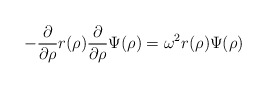
\begin{align*}-\frac{\partial}{\partial \rho}r(\rho)\frac{\partial}{\partial \rho}\Psi(\rho)= \omega^2r(\rho)\Psi(\rho)\end{align*}